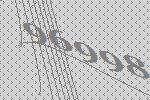
96998